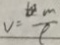
v = \frac { m } { 7 }